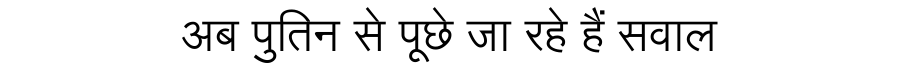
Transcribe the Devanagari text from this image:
अब पुतिन से पूछे जा रहे हैं सवाल